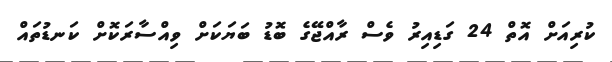
ކުރިއަށް އޮތް 24 ގަޑިއިރު ވެސް ރާއްޖޭގެ ބޮޑު ބަޔަކަށް ވިއްސާރަކޮށް ކަނޑުތައް